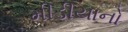
મીડીયાનો